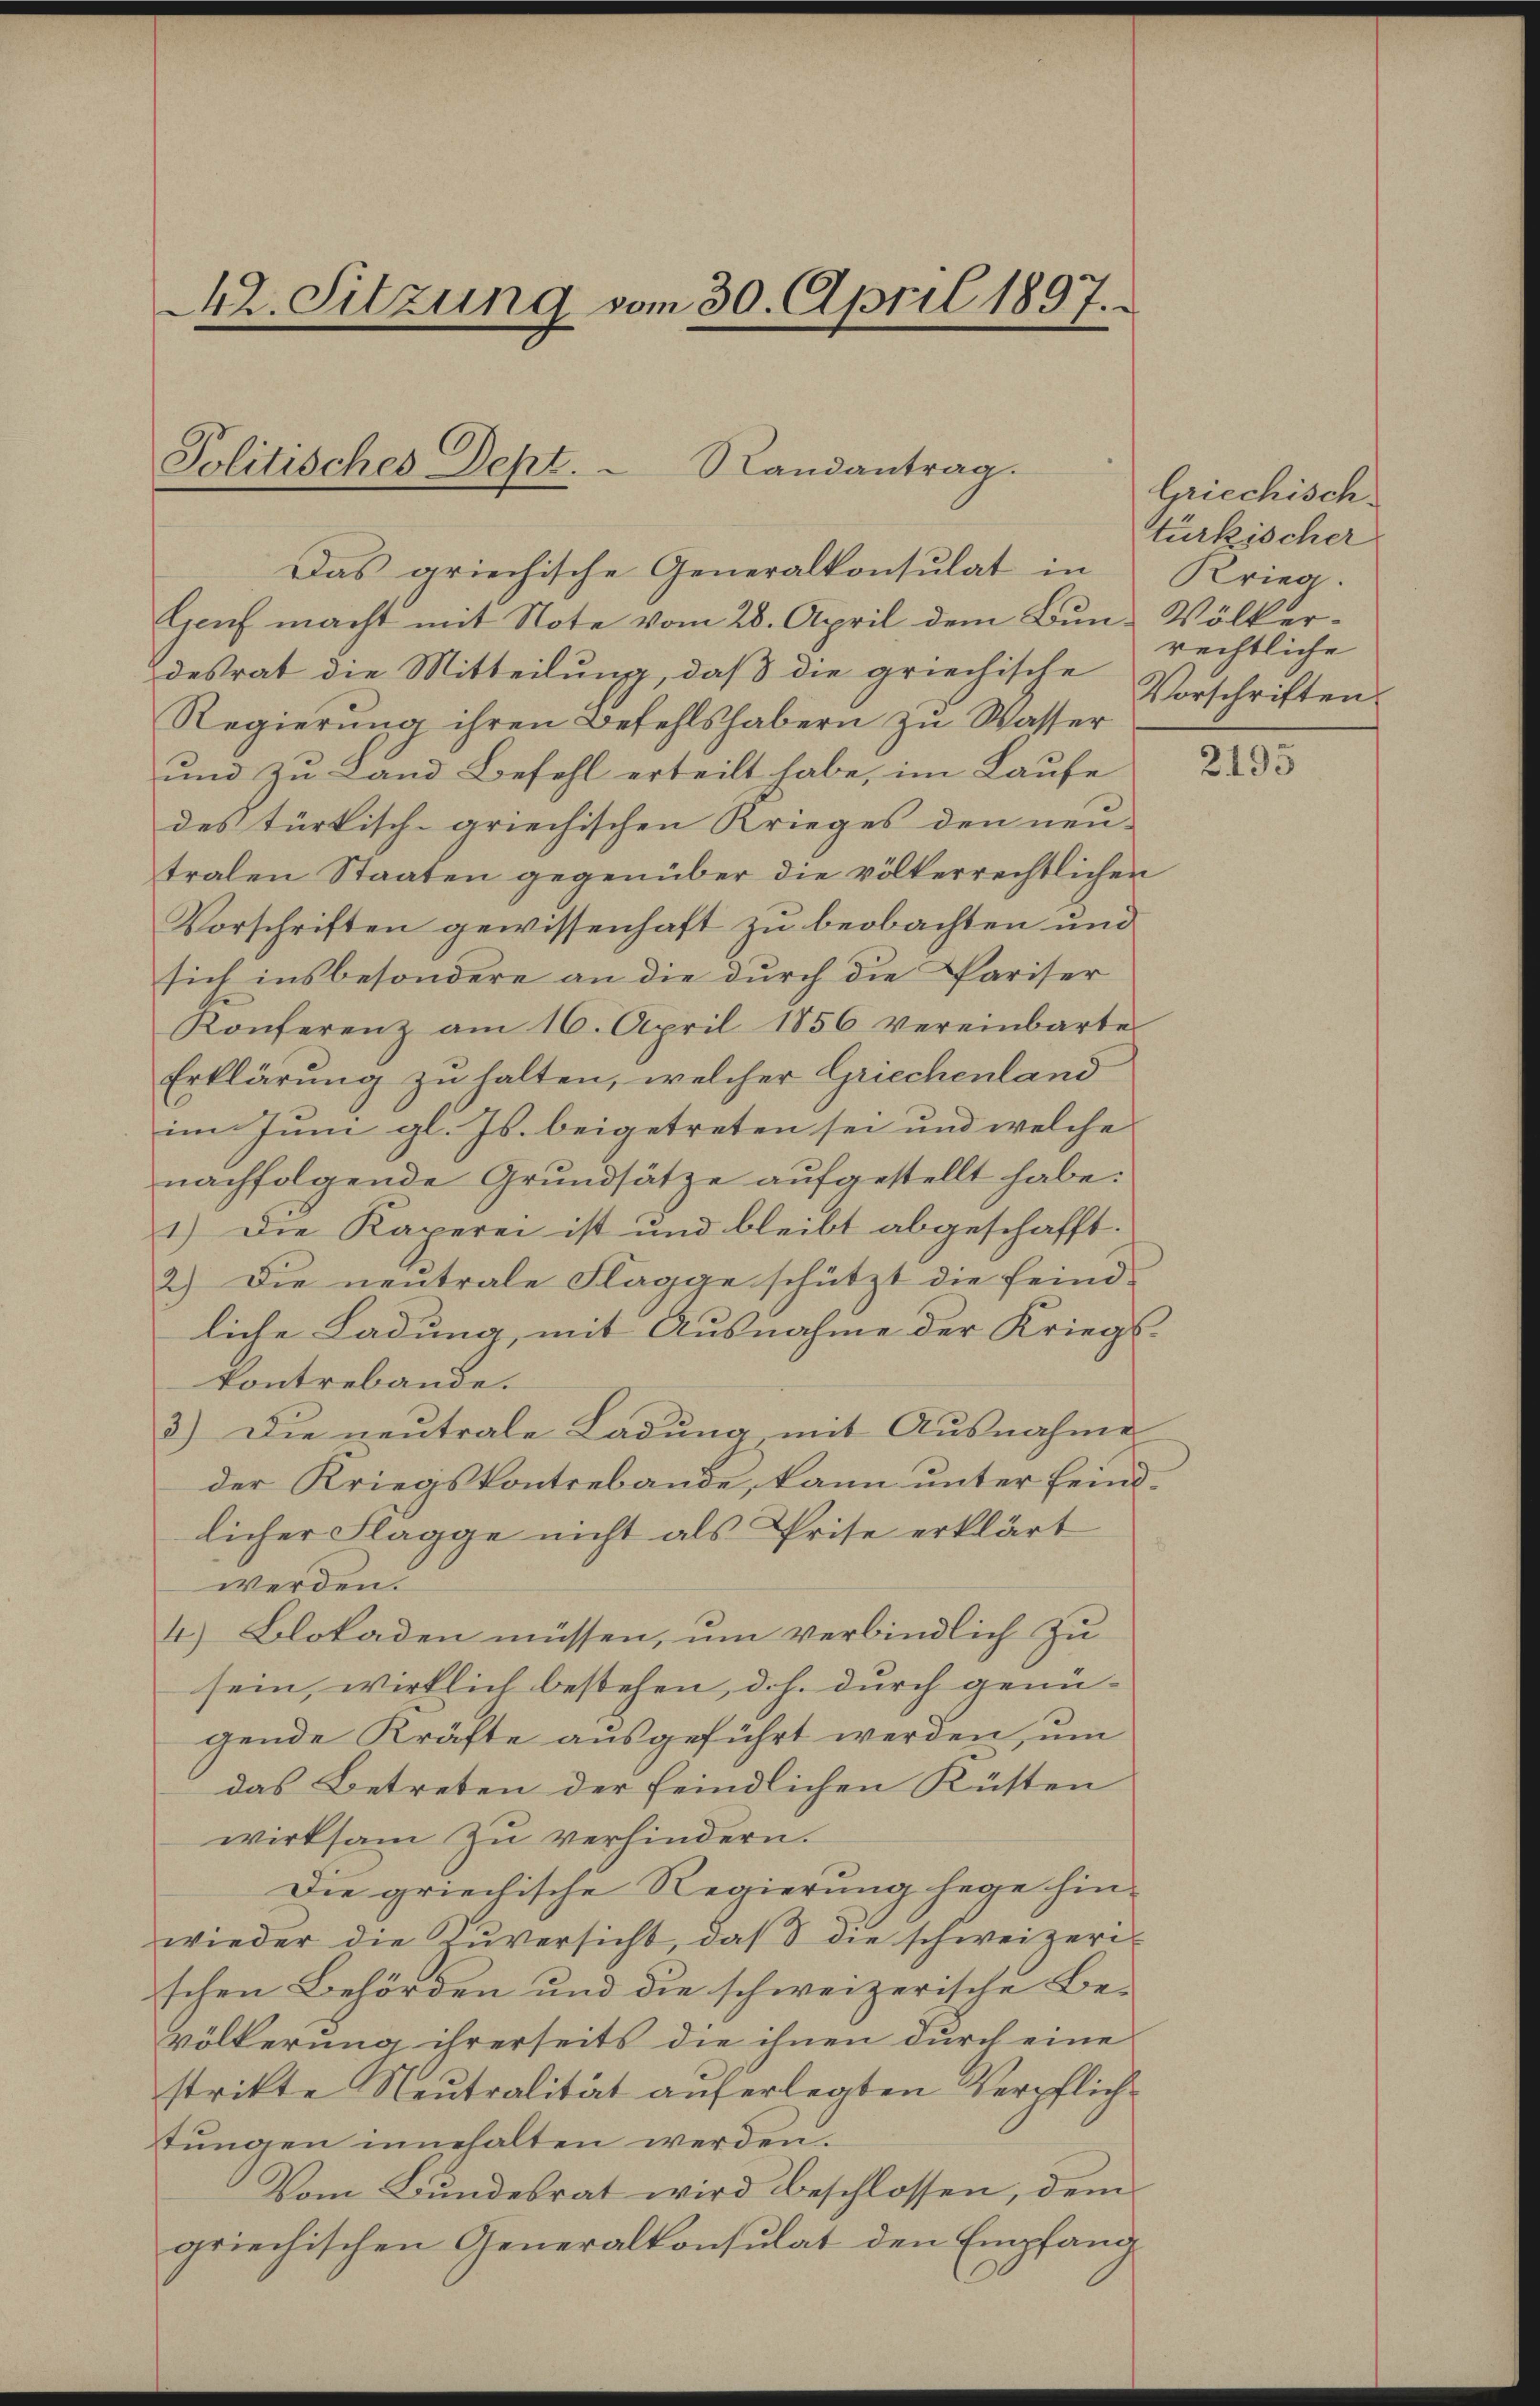
2. Sitzung vom 30. April 1897.

Politisches Dept. - Randantrag.

Das griechische Generalkonsulat in Krieg.
Genf macht mit Note vom 28. April dem Bun- Völkerdesrat die Mitteilung, daß die griechische
Regierung ihren Befehlshabern zu Wasser
und zu Land Befehl erteilt habe, im Laufe
des türkisch-griechischen Krieges den neu-
tralen Staaten gegenüber die völkerrechtlichen
Vorschriften gewissenhaft zu beobachten und
sich insbesondere an die durch die Pariser
Konferenz am 16. April 1856 vereinbarte
Erklärung zu halten, welcher Griechenland
im Juni gl. Js. beigetreten sei und welche
nachfolgende Grundsätze aufgestellt habe:
1.) Die Kaperei ist und bleibt abgeschafft.
2.) Die neutrale Flagge schützt die feind-
liche Ladung, mit Ausnahme der Kriegs-
kontrebande.
3.) Die neutrale Ladung mit Ausnahme
der Kriegskontrebande, kann unter Feindlicher Flagge nicht als Prise erklärt
werden.
4.) Blokaden müssen, um verbindlich zu
sein, wirklich bestehen, d.h. durch genü-
gende Kräfte ausgeführt werden, um
das Betreten der feindlichen Küsten
wirksam zu verhindern.
Die griechische Regierung hege hin-
wieder die Zuversicht, daß  die schweizerischen Behörden und die schweizerische Be-
völkerung ihrerseits die ihnen durch eine
strikte Neutralität auferlegten Verpflich
stungen innehalten werden.
Vom Bundesrat wird beschlossen, dem
griechischen Generalkonsulat den Empfang

Griechisch.
türkischer
rechtliche
Vorschriften.

2195